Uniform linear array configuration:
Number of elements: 12
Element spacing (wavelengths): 0.5
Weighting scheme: blackman
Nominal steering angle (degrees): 0
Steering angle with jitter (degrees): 0.181
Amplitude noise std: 0.05
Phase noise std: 0.05

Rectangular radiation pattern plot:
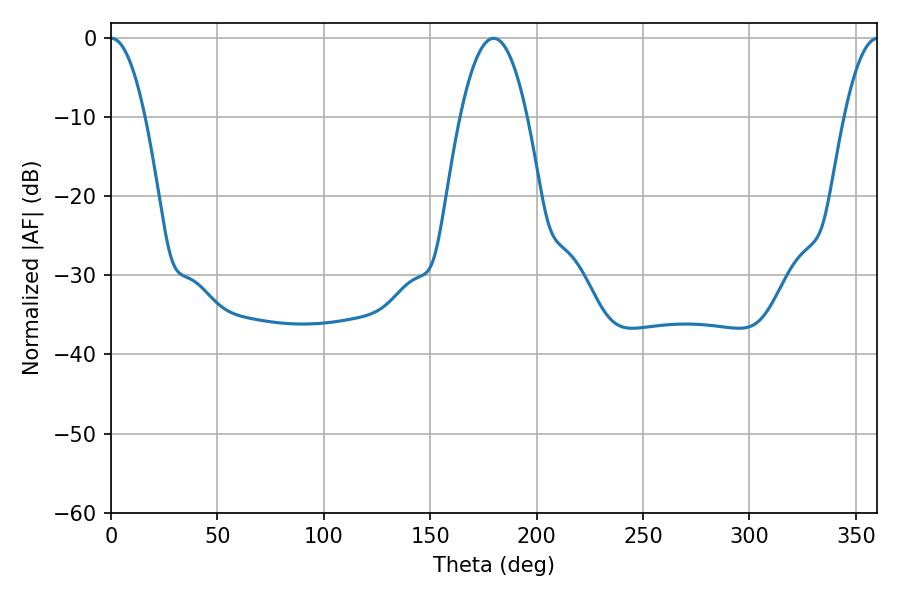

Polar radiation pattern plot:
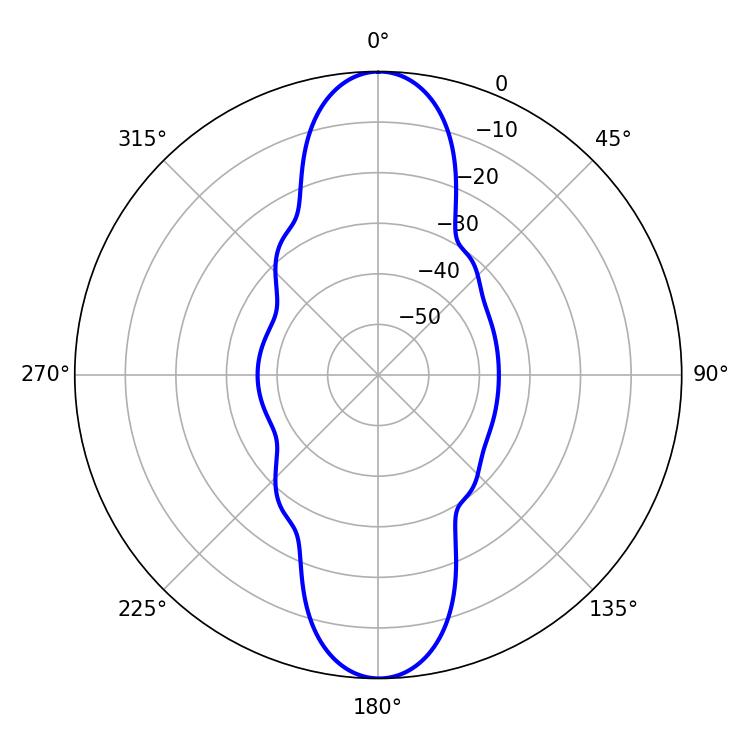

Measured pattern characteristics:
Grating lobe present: FALSE
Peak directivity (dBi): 30.058
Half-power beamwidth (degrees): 8.82
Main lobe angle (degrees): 0.18